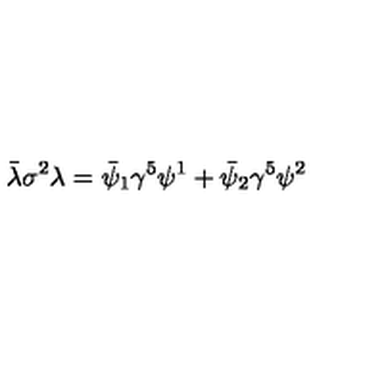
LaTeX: \bar { \lambda } \sigma ^ { 2 } \lambda = \bar { \psi } _ { 1 } \gamma ^ { 5 } \psi ^ { 1 } + \bar { \psi } _ { 2 } \gamma ^ { 5 } \psi ^ { 2 }